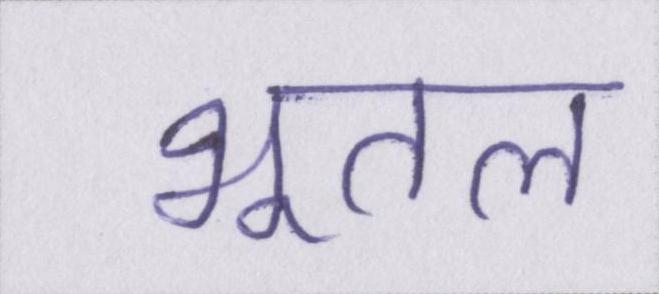
भूतल